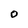
Character: 0